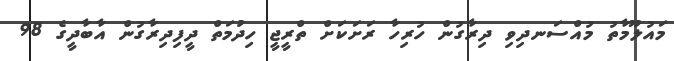
މައުލޫމާތު މުއްސަނދިވި ދިރާގުން ހުރިހާ ރަށަކަށް ތްރީޖީ ހިދުމަތް ދީފިދިރާގުން އާބާދީގެ 98